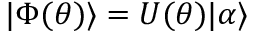
| \Phi ( \theta ) \rangle = U ( \theta ) | \alpha \rangle